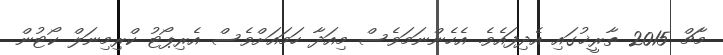
މާޗް 2015 ތާރީޚުގައި އެދިފައެވެ. އެހެންނަމަވެސް މިއަދާ ހަމައަށްވެސް އެރިޕޯޓު ކްރިމިނަލް ކޯޓުން